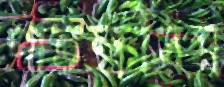
পাতক্ষীরম